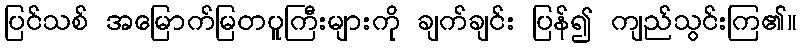
ပြင်သစ် အမြောက်မြတပူကြီးများကို ချက်ချင်း ပြန်၍ ကျည်သွင်းကြ၏။